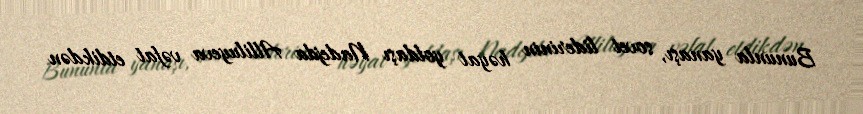
Bununla yanaşı, sovet liderinin həyat yoldaşı Nadejda Alliluyeva vəfat etdikdən